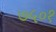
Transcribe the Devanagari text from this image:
७५०१